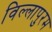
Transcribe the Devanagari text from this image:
विल्लापुरम